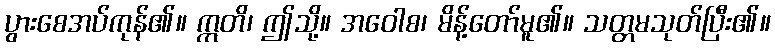
ပွားစေအပ်ကုန်၏။ ဣတိ၊ ဤသို့။ အဝေါစ၊ မိန့်တော်မူ၏။ သတ္တမသုတ်ပြီး၏။